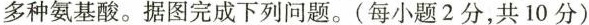
多种氨基酸。据图完成下列问题。(每小题2分，共10分)